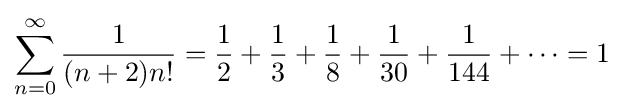
\sum _{n=0}^{\infty }{\frac {1}{(n+2)n!}}={\frac {1}{2}}+{\frac {1}{3}}+{\frac {1}{8}}+{\frac {1}{30}}+{\frac {1}{144}}+\cdots =1